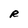
Character: R